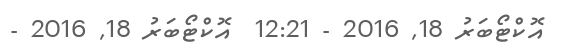
އޮކްޓޯބަރު 18